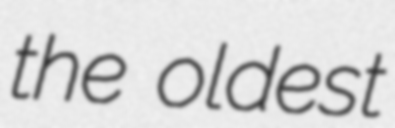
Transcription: the oldest